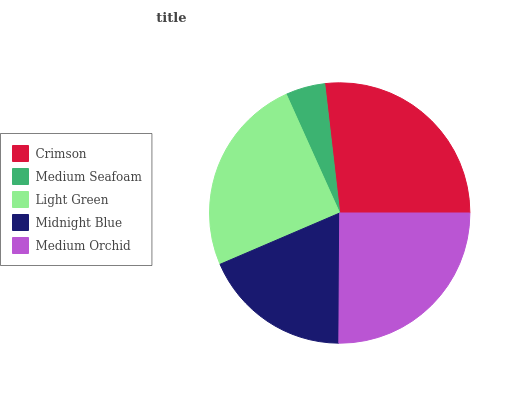
| Crimson | Medium Seafoam | Light Green | Midnight Blue | Medium Orchid |
 | --- | --- | --- | --- | --- |
 | 26.9% | 4.9% | 24.7% | 18.4% | 25.1% |